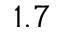
1 . 7